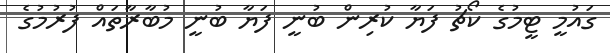
ގައުމީ ޓީމުގެ ކޯޗު ފަޔާ ކުރިން ބުނީ ފަޔާ ބުނީ މުބާރާތައް ފުރުމުގެ